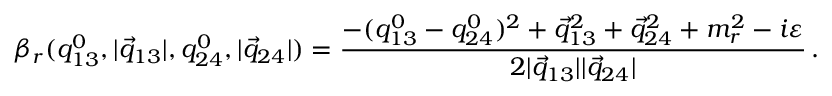
\beta _ { r } ( q _ { 1 3 } ^ { 0 } , | \vec { q } _ { 1 3 } | , q _ { 2 4 } ^ { 0 } , | \vec { q } _ { 2 4 } | ) = \frac { - ( q _ { 1 3 } ^ { 0 } - q _ { 2 4 } ^ { 0 } ) ^ { 2 } + \vec { q } _ { 1 3 } ^ { 2 } + \vec { q } _ { 2 4 } ^ { 2 } + m _ { r } ^ { 2 } - i \varepsilon } { 2 | \vec { q } _ { 1 3 } | | \vec { q } _ { 2 4 } | } \, .